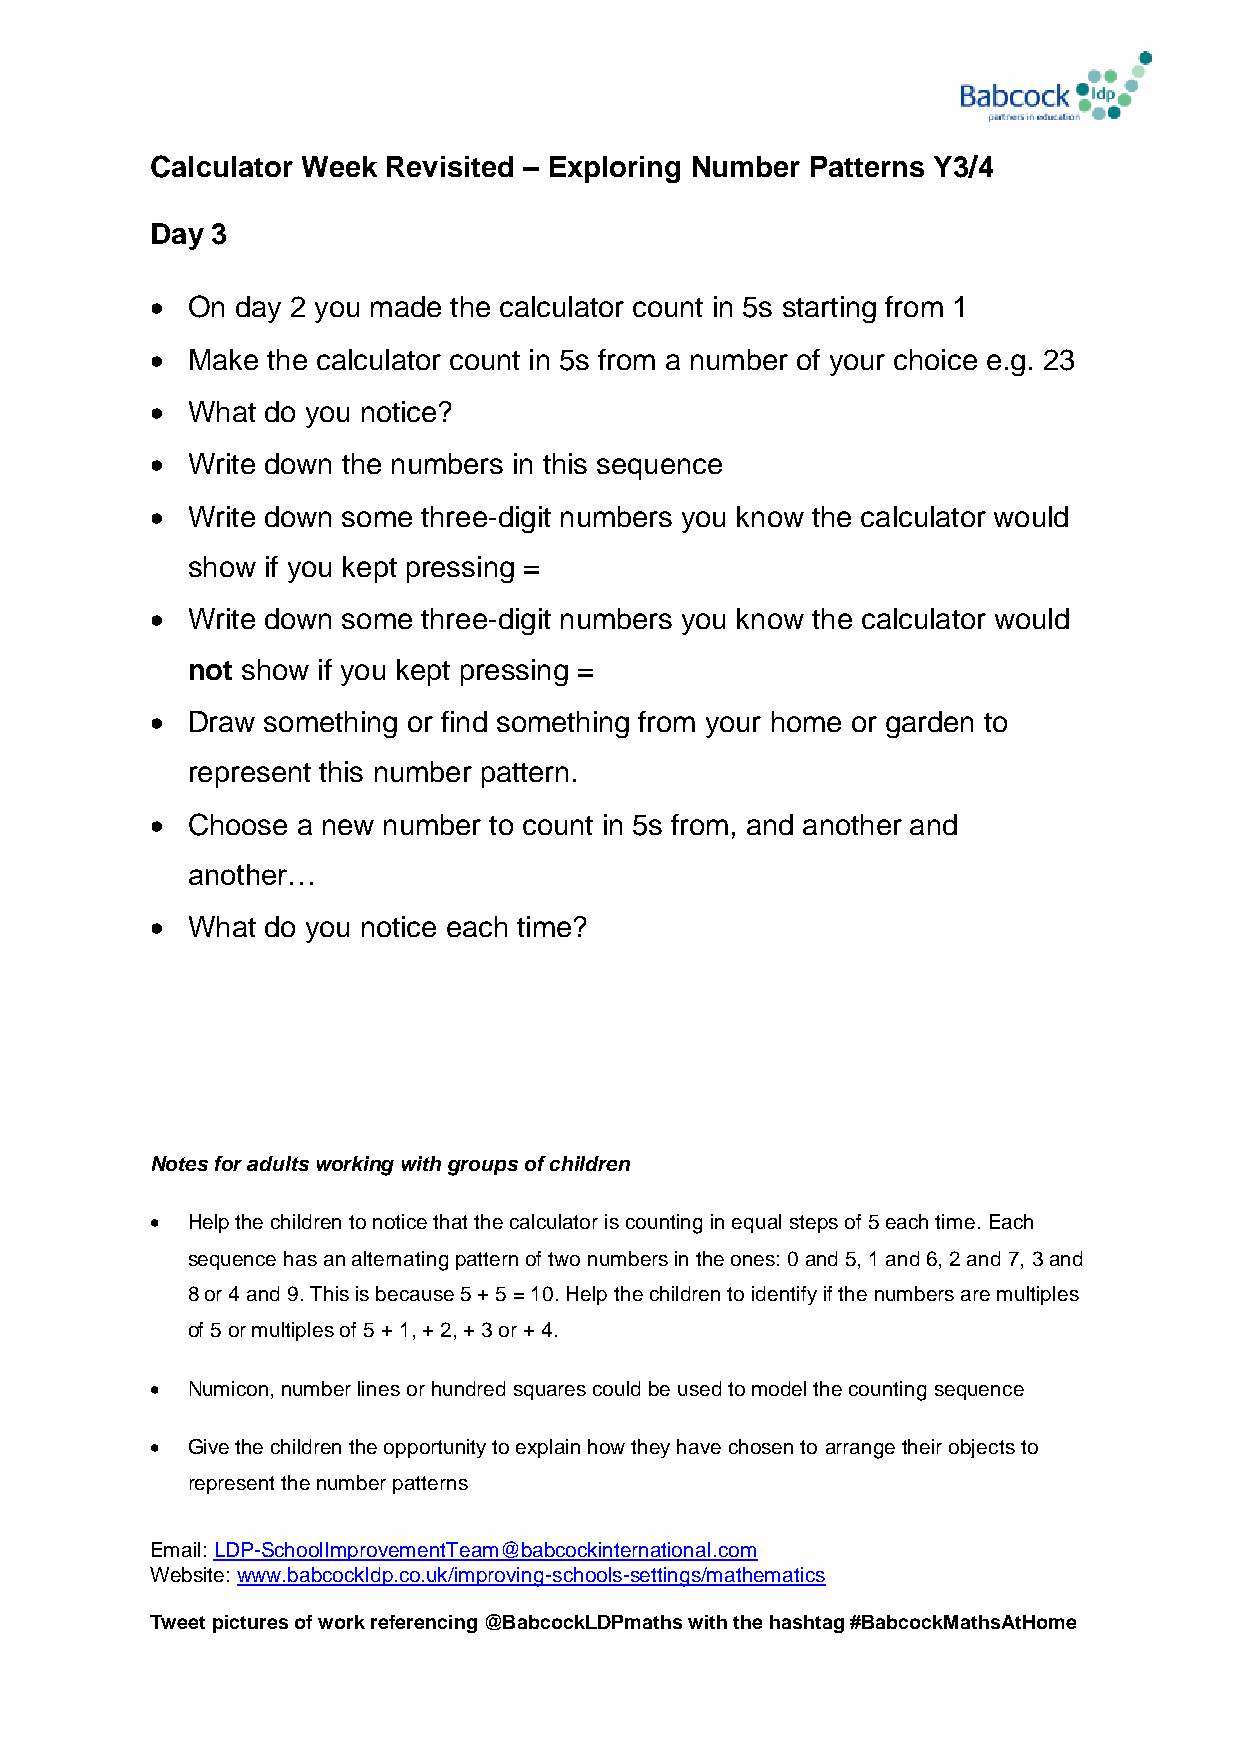
Calculator Week Revisited – Exploring Number Patterns Y3/4
 Day 3
  On  day 2 you made the calculator count in 5s starting from 1
  Make  the calculator count in 5s from a number of your choice e.g. 23
  What do you notice?
  Write down the numbers in this sequence
  Write down some three-digit numbers you know the calculator would
 show if you kept pressing =
  Write down some three-digit numbers you know the calculator would
 not show if you kept pressing =
  Draw something or find something from your home or garden to
 represent this number pattern.
  Choose  a new number to count in 5s from, and another and
 another…
  What do you notice each time?
 Notes for adults working with groups of children
  Help the children to notice that the calculator is counting in equal steps of 5 each time. Each
 sequence has an alternating pattern of two numbers in the ones: 0 and 5, 1 and 6, 2 and 7, 3 and
 8 or 4 and 9. This is because 5 + 5 = 10. Help the children to identify if the numbers are multiples
 of 5 or multiples of 5 + 1, + 2, + 3 or + 4.
  Numicon, number lines or hundred squares could be used to model the counting sequence
  Give the children the opportunity to explain how they have chosen to arrange their objects to
 represent the number patterns
 Email: LDP-SchoolImprovementTeam@babcockinternational.com
 Website: www.babcockldp.co.uk/improving-schools-settings/mathematics
 Tweet pictures of work referencing @BabcockLDPmaths with the hashtag #BabcockMathsAtHome